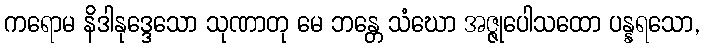
ကရောမ နိဒါနုဒ္ဒေသော သုဏာတု မေ ဘန္တေ သံဃော အဇ္ဇုပေါသထော ပန္နရသော,